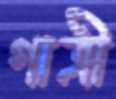
গাত্রী